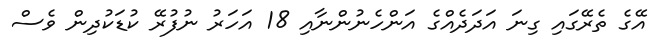
އޭގެ ތެރޭގައި ގިނަ އަދަދެއްގެ އަންހެނުންނާއި 18 އަހަރު ނުފުރޭ ކުޑަކުދިން ވެސް